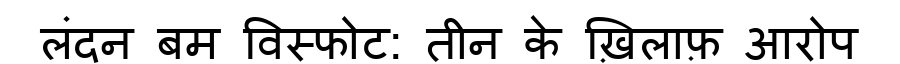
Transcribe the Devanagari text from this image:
लंदन बम विस्फोट: तीन के ख़िलाफ़ आरोप